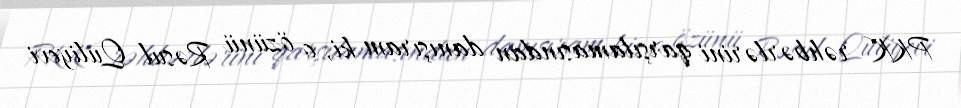
PKK rəhbərlərini qarşılamasından danışıram ki, o özünü Rəsul Quliyevi